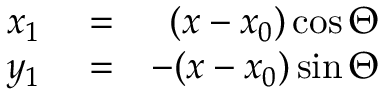
\begin{array} { r l r } { x _ { 1 } } & { { } = } & { ( x - x _ { 0 } ) \cos \Theta } \\ { y _ { 1 } } & { { } = } & { - ( x - x _ { 0 } ) \sin \Theta } \end{array}